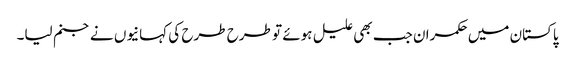
پاکستان میں حکمران جب بھی علیل ہوئے تو طرح طرح کی کہانیوں نے جنم لیا۔